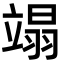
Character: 𫁩